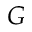
G